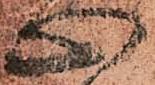
心